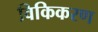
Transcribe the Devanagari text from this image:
विकिकरण